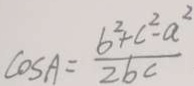
\cos A = \frac { 6 ^ { 2 } + c ^ { 2 } - a ^ { 2 } } { 2 b c }